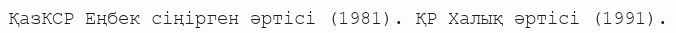
ҚазКСР Еңбек сіңірген әртісі (1981). ҚР Халық әртісі (1991).